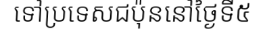
ទៅប្រទេសជប៉ុននៅថ្ងៃទី៥